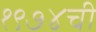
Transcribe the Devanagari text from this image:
१९७४ची